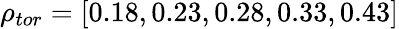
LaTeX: \rho_{tor}=[0.18,0.23,0.28,0.33,0.43]